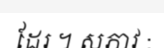
ដែរ ។ សភាវ :